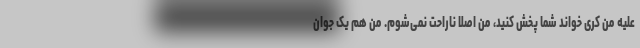
علیه من کری خواند شما پخش کنید، من اصلا ناراحت نمی‌شوم. من هم یک جوان